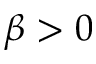
\beta > 0